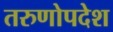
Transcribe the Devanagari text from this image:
तरुणोपदेश